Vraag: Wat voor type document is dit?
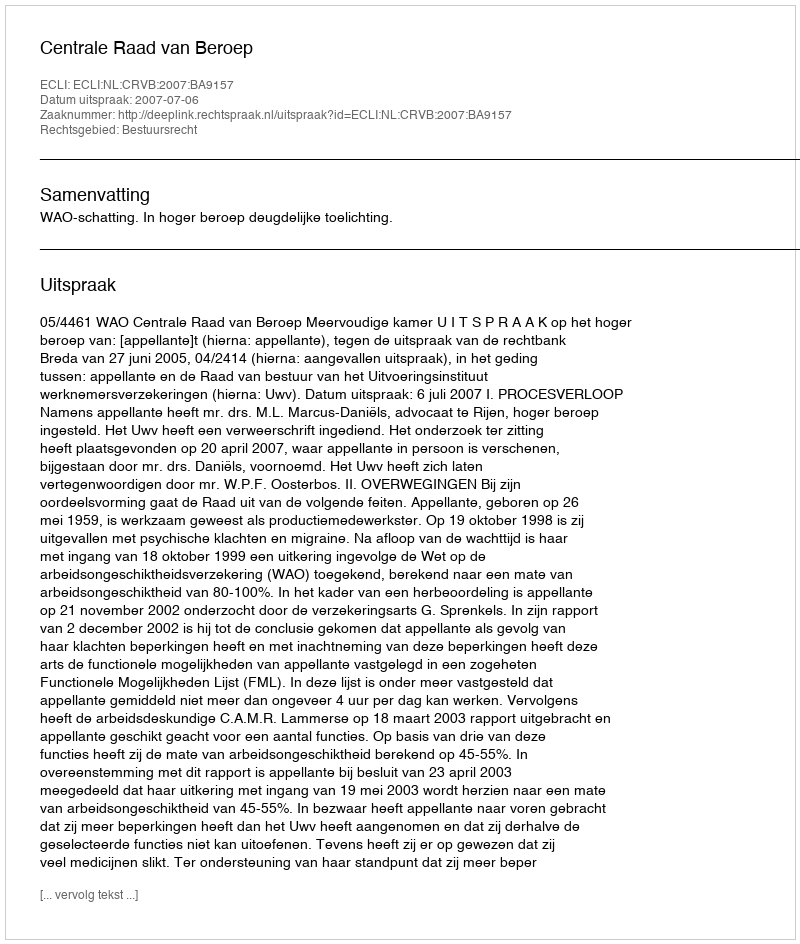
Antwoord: Uitspraak